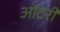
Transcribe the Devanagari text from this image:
ऑटरी